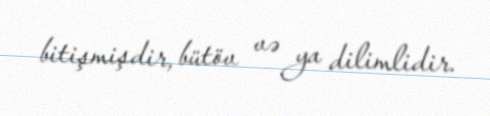
bitişmişdir, bütöv və ya dilimlidir.